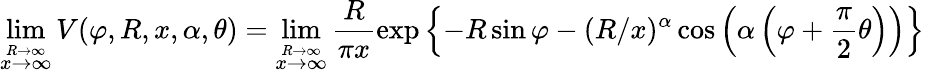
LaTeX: \operatorname*{lim}_{\stackrel{R\to\infty}{x\to\infty}}V(\varphi,R,x,\alpha,\theta)=\operatorname*{lim}_{\stackrel{R\to\infty}{x\to\infty}}\frac{R}{\pi x}\exp\left\{ -R\sin\varphi-(R/x)^{\alpha}\cos\left(\alpha\left(\varphi+\frac{\pi}{2}\theta\right)\right)\right\}